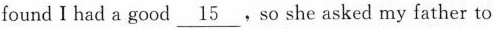
found I had a good \underline{15}, so she asked my father to